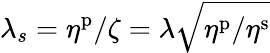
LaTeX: \lambda_{s}=\eta^{\mathrm{p}}/\zeta=\lambda\sqrt{\eta^{\mathrm{p}}/\eta^{\mathrm{s}}}